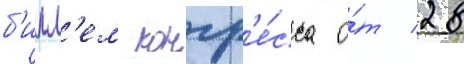
б'илл'ем конгр'е́сса о́т 28